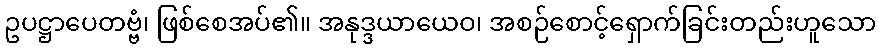
ဥပဋ္ဌာပေတဗ္ဗံ၊ ဖြစ်စေအပ်၏။ အနုဒ္ဒယာယေဝ၊ အစဉ်စောင့်ရှောက်ခြင်းတည်းဟူသော